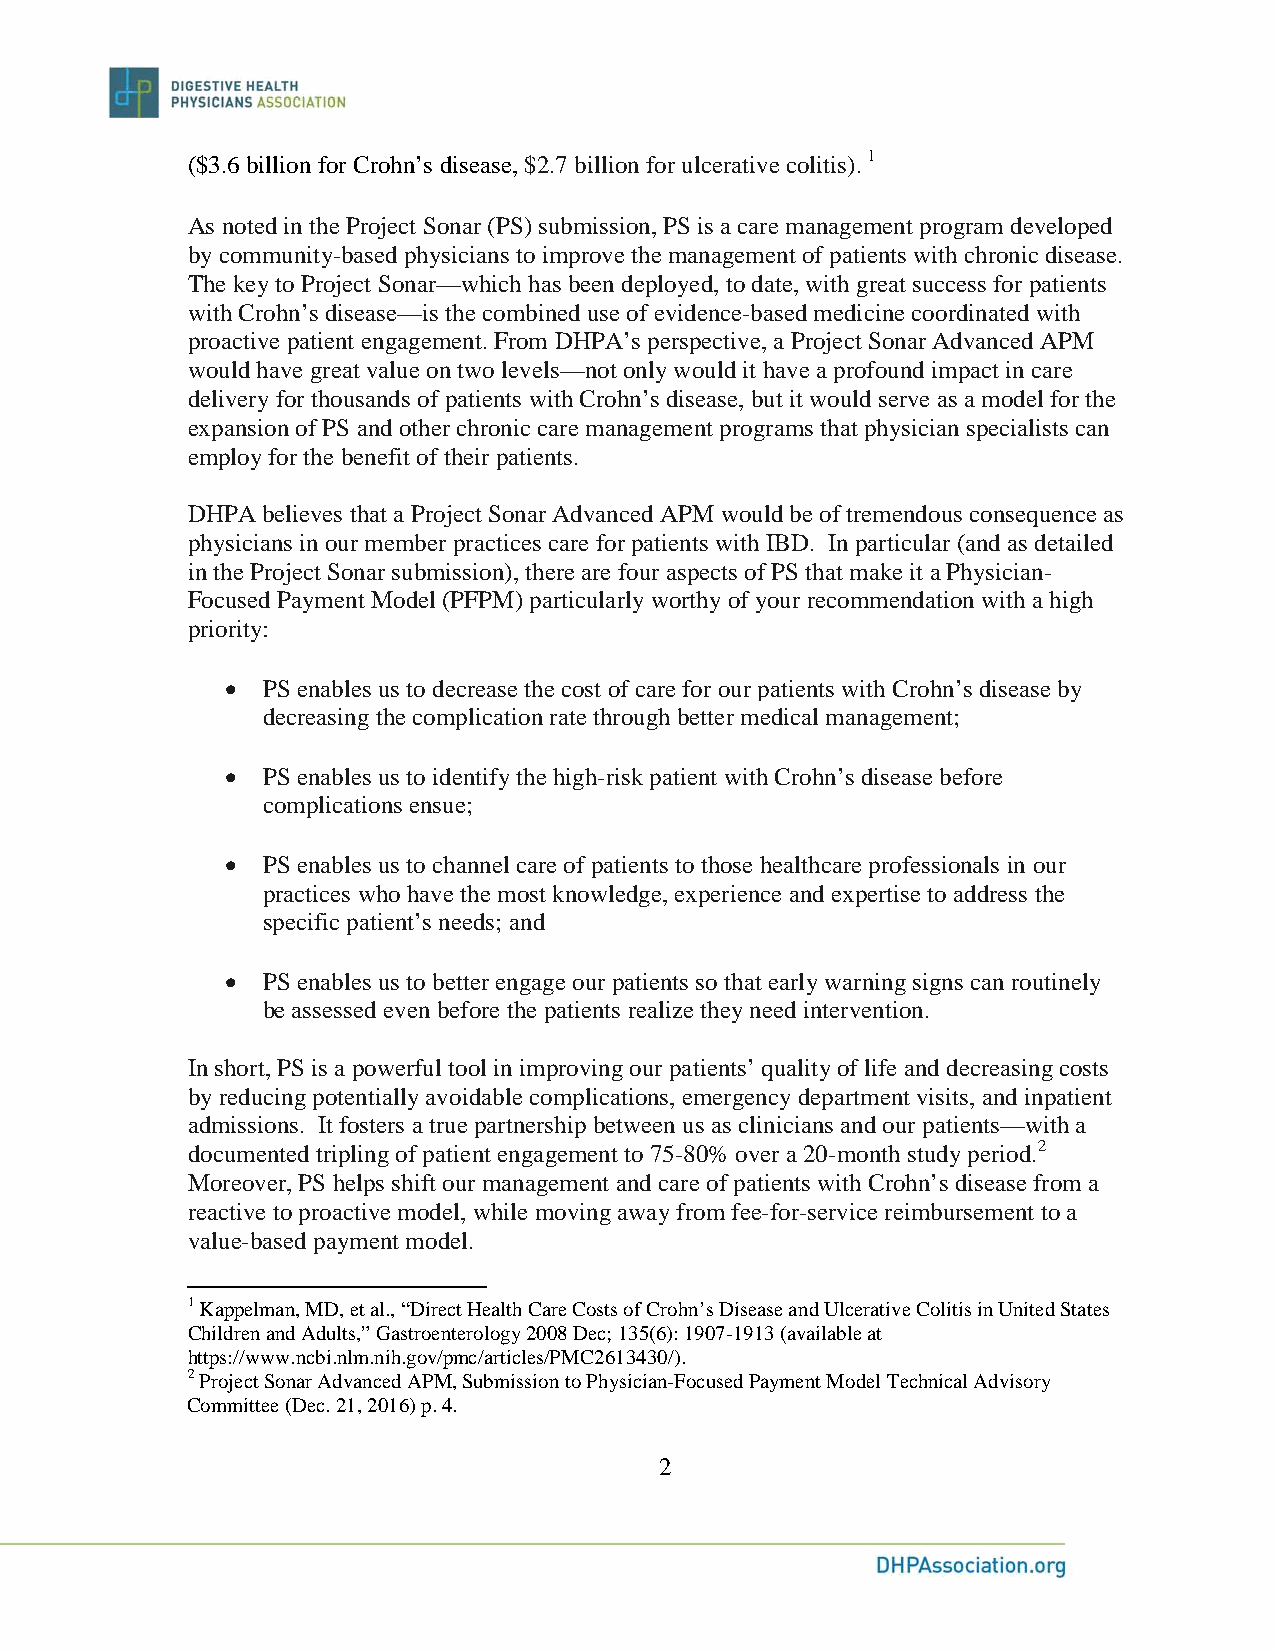
($3.6 billion for Crohn’s disease, $2.7 billion for ulcerative colitis). 1
 As noted in the Project Sonar (PS) submission, PS is a care management program developed
 by community-based physicians to improve the management of patients with chronic disease.
 The key to Project Sonar—which has been deployed, to date, with great success for patients
 with Crohn’s disease—is the combined use of evidence-based medicine coordinated with
 proactive patient engagement. From DHPA’s perspective, a Project Sonar Advanced APM
 would have great value on two levels—not only would it have a profound impact in care
 delivery for thousands of patients with Crohn’s disease, but it would serve as a model for the
 expansion of PS and other chronic care management programs that physician specialists can
 employ for the benefit of their patients.
 DHPA believes that a Project Sonar Advanced APM would be of tremendous consequence as
 physicians in our member practices care for patients with IBD. In particular (and as detailed
 in the Project Sonar submission), there are four aspects of PS that make it a Physician-
 Focused Payment Model (PFPM) particularly worthy of your recommendation with a high
 priority:
 • PS enables us to decrease the cost of care for our patients with Crohn’s disease by
 decreasing the complication rate through better medical management;
 • PS enables us to identify the high-risk patient with Crohn’s disease before
 complications ensue;
 • PS enables us to channel care of patients to those healthcare professionals in our
 practices who have the most knowledge, experience and expertise to address the
 specific patient’s needs; and
 • PS enables us to better engage our patients so that early warning signs can routinely
 be assessed even before the patients realize they need intervention.
 In short, PS is a powerful tool in improving our patients’ quality of life and decreasing costs
 by reducing potentially avoidable complications, emergency department visits, and inpatient
 admissions. It fosters a true partnership between us as clinicians and our patients—with a
 documented tripling of patient engagement to 75-80% over a 20-month study period.2
 Moreover, PS helps shift our management and care of patients with Crohn’s disease from a
 reactive to proactive model, while moving away from fee-for-service reimbursement to a
 value-based payment model.
 1 Kappelman, MD, et al., “Direct Health Care Costs of Crohn’s Disease and Ulcerative Colitis in United States
 C h i l d r e n a n d A d u l t s , ” G a s t r o e n t e r o l ogy 2008 Dec; 135(6): 1907-1913 (available at
 https://www.ncbi.nlm.nih.gov/pmc/articles/PMC2613430/).
 2 Project Sonar Advanced APM, Submission to Physician-Focused Payment Model Technical Advisory
 Committee (Dec. 21, 2016) p. 4.
 2